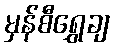
မှန်စီရွှေချ